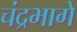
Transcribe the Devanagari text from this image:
चंद्रभागे